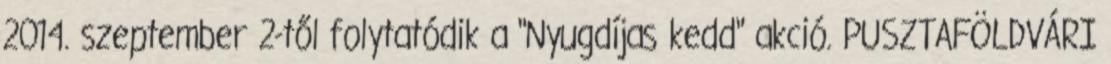
2014. szeptember 2-től folytatódik a "Nyugdíjas kedd" akció. PUSZTAFÖLDVÁRI